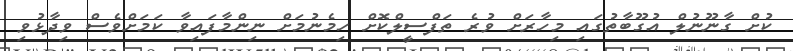
ކުށް ގާނޫނުލް އުގޫބާތުގައި މިހާރަށް ވުރެ ތަފްސީލްކޮށް ހިމެނުމަށް ނިންމާފައިވާ ކަމަށްވެސް ވިދާޅުވި